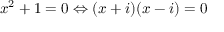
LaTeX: x ^ { 2 } + 1 = 0 \Leftrightarrow ( x + i ) ( x - i ) = 0